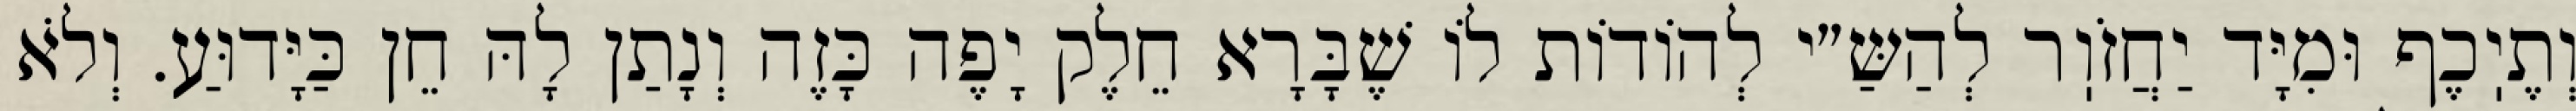
וְתֶיֽכֶף וּמִיָּד יַחֲזֹוֽר לְהַשַּ״י לְהוֹדוֹת לוֹ שֶׁבָּרָא חֵלֶק יָפֶה כָּזֶה וְנָתַן לָהּ חֵן כַּיָּדוּעַ. וְלֹא